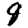
Digit: 8